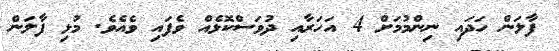
ފާލަން ހަދައި ނިންމުމަށް 4 އަހަރާއި ދުވަސްކޮޅެއް ވެފައި ވެއެވެ. މުޅި ފާލަން